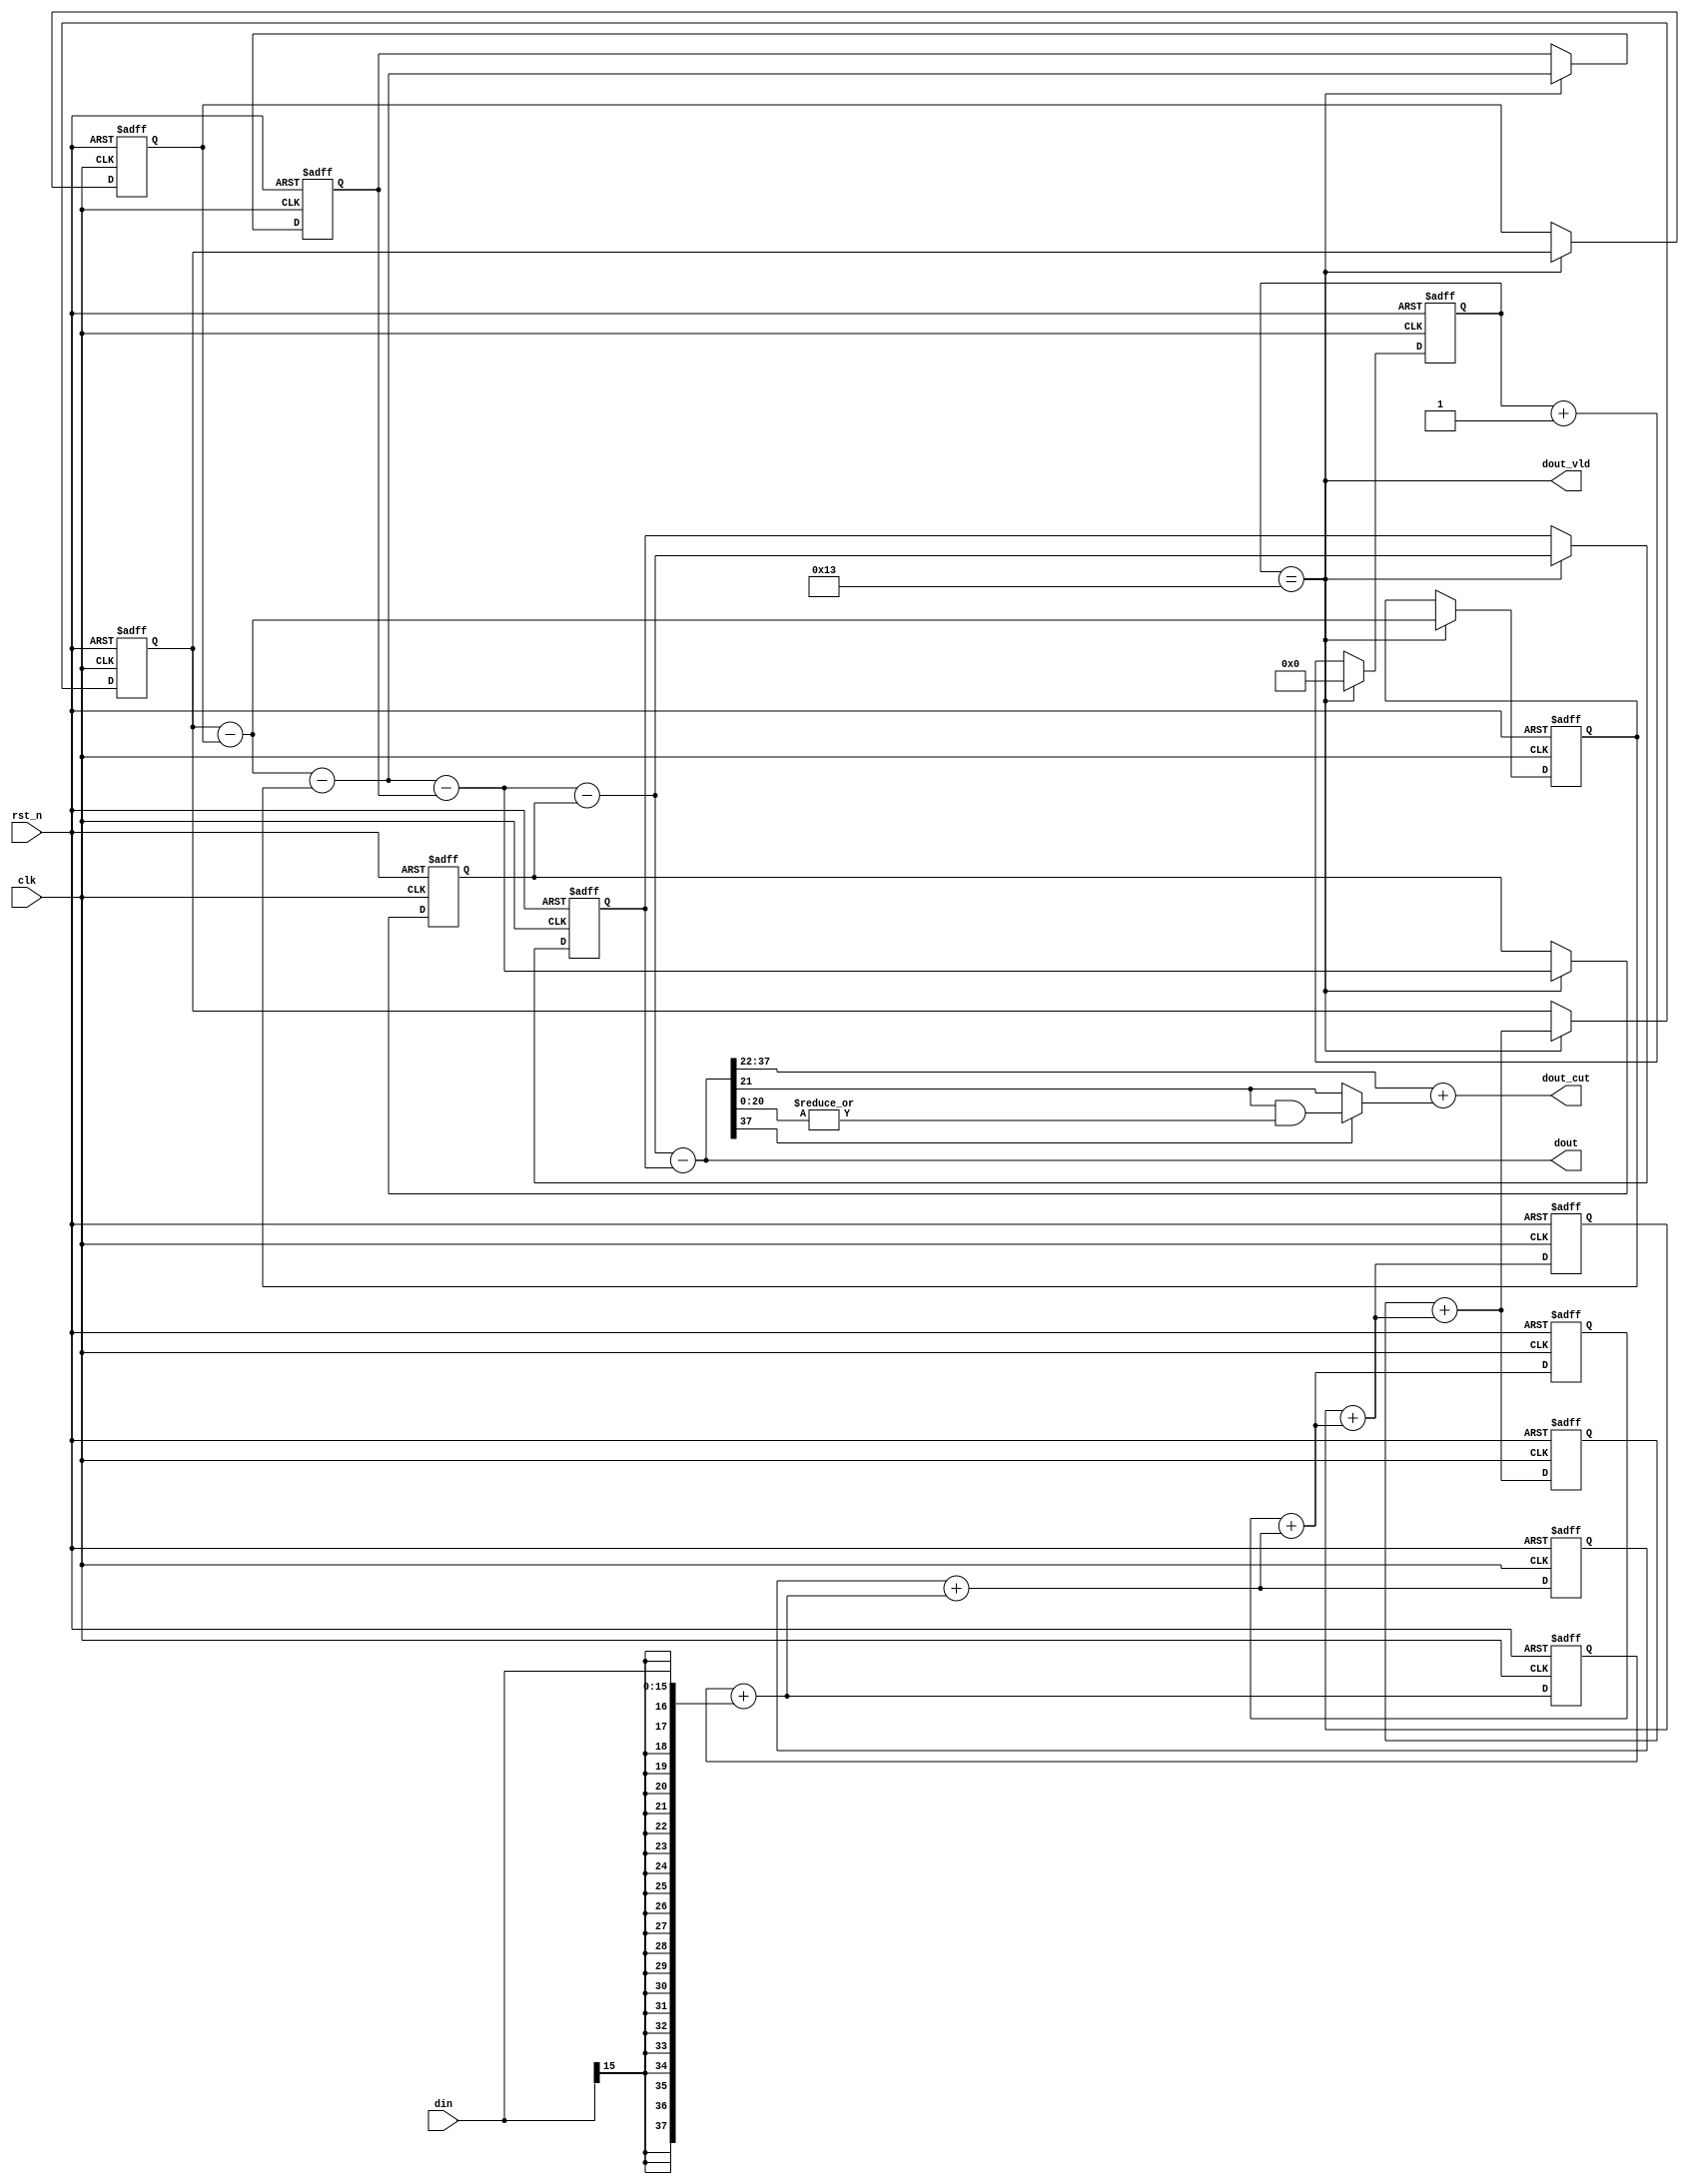
/*
*   Name        :dsp_cic_dec
*   Description :cic decimator,two's complement input
*   Origin      :200317
*                200322
*   EE          :hel
*/
module dsp_cic_dec
#(
    parameter R     = 20,               // Decimation factor
    parameter M     = 1 ,               // Differential delay 1 or 2
    parameter N     = 5 ,               // Number of stages, refers to the order of one side
    parameter BIN   = 16,               // Input data width
    parameter COUT  = 16,               // Output dout_cut width
    parameter CUT_METHOD = "ROUND",     // ROUND or CUT
    parameter BOUT  = 38                // BOUT=BIN + $clog2((R*M)**N)
)
(
    input   wire            clk     ,   // 
    input   wire            rst_n   ,   // 
    input   wire [BIN-1 :0] din     ,   // Two's complement input
    output  wire [BOUT-1:0] dout    ,   // Full precision data output
    output  wire [COUT-1:0] dout_cut,   // Clipped data output
    output  wire            dout_vld    // 
);
localparam CNTW = $clog2(R);
wire [BOUT-1     :0] inte_out ;
reg  [CNTW-1     :0] cnt0     ;
reg  [BOUT-1     :0] dec_out  ;
generate
    if(CUT_METHOD=="ROUND")begin:ROUND
        wire    carry_bit   =  dout[BOUT-1] ? ( dout[BOUT-(COUT-1)-1-1] & ( |dout[BOUT-(COUT-1)-1-1-1:0] ) ) : dout[BOUT-(COUT-1)-1-1] ;
        assign  dout_cut    = {dout[BOUT-1], dout[BOUT-1:BOUT-(COUT-1)-1]} + carry_bit ;
    end else if(CUT_METHOD=="CUT")begin:CUT
        assign  dout_cut    = (dout>>(BOUT-COUT));
    end
endgenerate
/*
*   Integrator
*/
generate
genvar i;
for ( i=0 ; i<N ; i=i+1 ) begin :INTEG
    reg  [BOUT-1:0]inte;
    wire [BOUT-1:0]sum;
    if ( i == 0 ) begin
        assign sum = inte + {{(BOUT-BIN){din[BIN-1]}},din};
    end else begin
        assign sum = inte + ( INTEG[i-1].sum );
    end
    always@(posedge clk or negedge rst_n)begin
        if ( !rst_n )
            inte <= {BOUT{1'd0}};
        else
            inte <= sum;
    end    
end
endgenerate
assign inte_out=INTEG[N-1].sum;
/*
*   Decimation
*/
assign dout_vld = (cnt0==(R-1));
always@(posedge clk or negedge rst_n)begin
    if ( !rst_n ) begin
        cnt0    <=  {CNTW{1'd0}};
        dec_out <=  {BOUT{1'd0}};
    end else begin
        cnt0    <=  dout_vld ? {CNTW{1'd0}} : cnt0 + 1'd1;
        dec_out <=  dout_vld ? inte_out     : dec_out;
    end
end
/*
*   Comb
*/
generate
genvar j;
for ( j=0 ; j<N ; j=j+1 ) begin :COMB
    reg  [BOUT-1:0]comb;
    wire [BOUT-1:0]sub;
    if ( j == 0 ) begin
        if(M==1)begin
            assign sub = dec_out - comb;
            always@(posedge clk or negedge rst_n)begin
                if ( !rst_n )
                    comb <= {BOUT{1'd0}};
                else if(dout_vld)
                    comb <=  dec_out;
            end  
        end else begin
            reg  [BOUT-1:0]comb1;
            assign sub = dec_out - comb1;
            always@(posedge clk or negedge rst_n)begin
                if ( !rst_n )begin
                    comb <= {BOUT{1'd0}};
                    comb1<= {BOUT{1'd0}};
                end else if(dout_vld)begin
                    comb <= dec_out ;
                    comb1<= comb    ;
                end
            end  
        end
    end else begin
        if(M==1)begin
            assign sub = COMB[j-1].sub - comb;
            always@(posedge clk or negedge rst_n)begin
                if ( !rst_n )
                    comb <= {BOUT{1'd0}};
                else if(dout_vld)
                    comb <= COMB[j-1].sub;
            end  
        end else begin
            reg  [BOUT-1:0]comb1;
            assign sub = COMB[j-1].sub - comb1;
            always@(posedge clk or negedge rst_n)begin
                if ( !rst_n )begin
                    comb <= {BOUT{1'd0}};
                    comb1<= {BOUT{1'd0}};
                end else if(dout_vld)begin
                    comb <=  COMB[j-1].sub;
                    comb1<=  comb;
                end
            end  
        end
    end
end
endgenerate
assign dout = COMB[N-1].sub;
endmodule